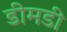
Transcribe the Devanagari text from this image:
डीमडी